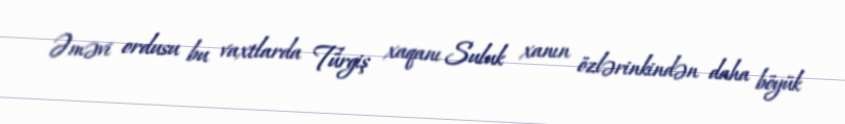
Əməvi ordusu bu vaxtlarda Türgiş xaqanı Suluk xanın özlərinkindən daha böyük